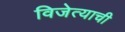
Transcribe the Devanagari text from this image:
विजेत्याची